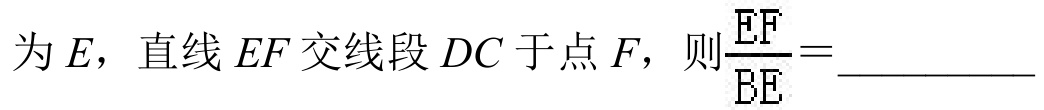
为\(E\)，直线\(EF\)交线段\(DC\)于点\(F\)，则\(\dfrac{EF}{BE}=\)__________